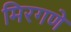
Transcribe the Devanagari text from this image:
मिरगणे